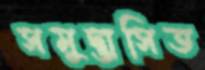
সমুদ্ভাসিত